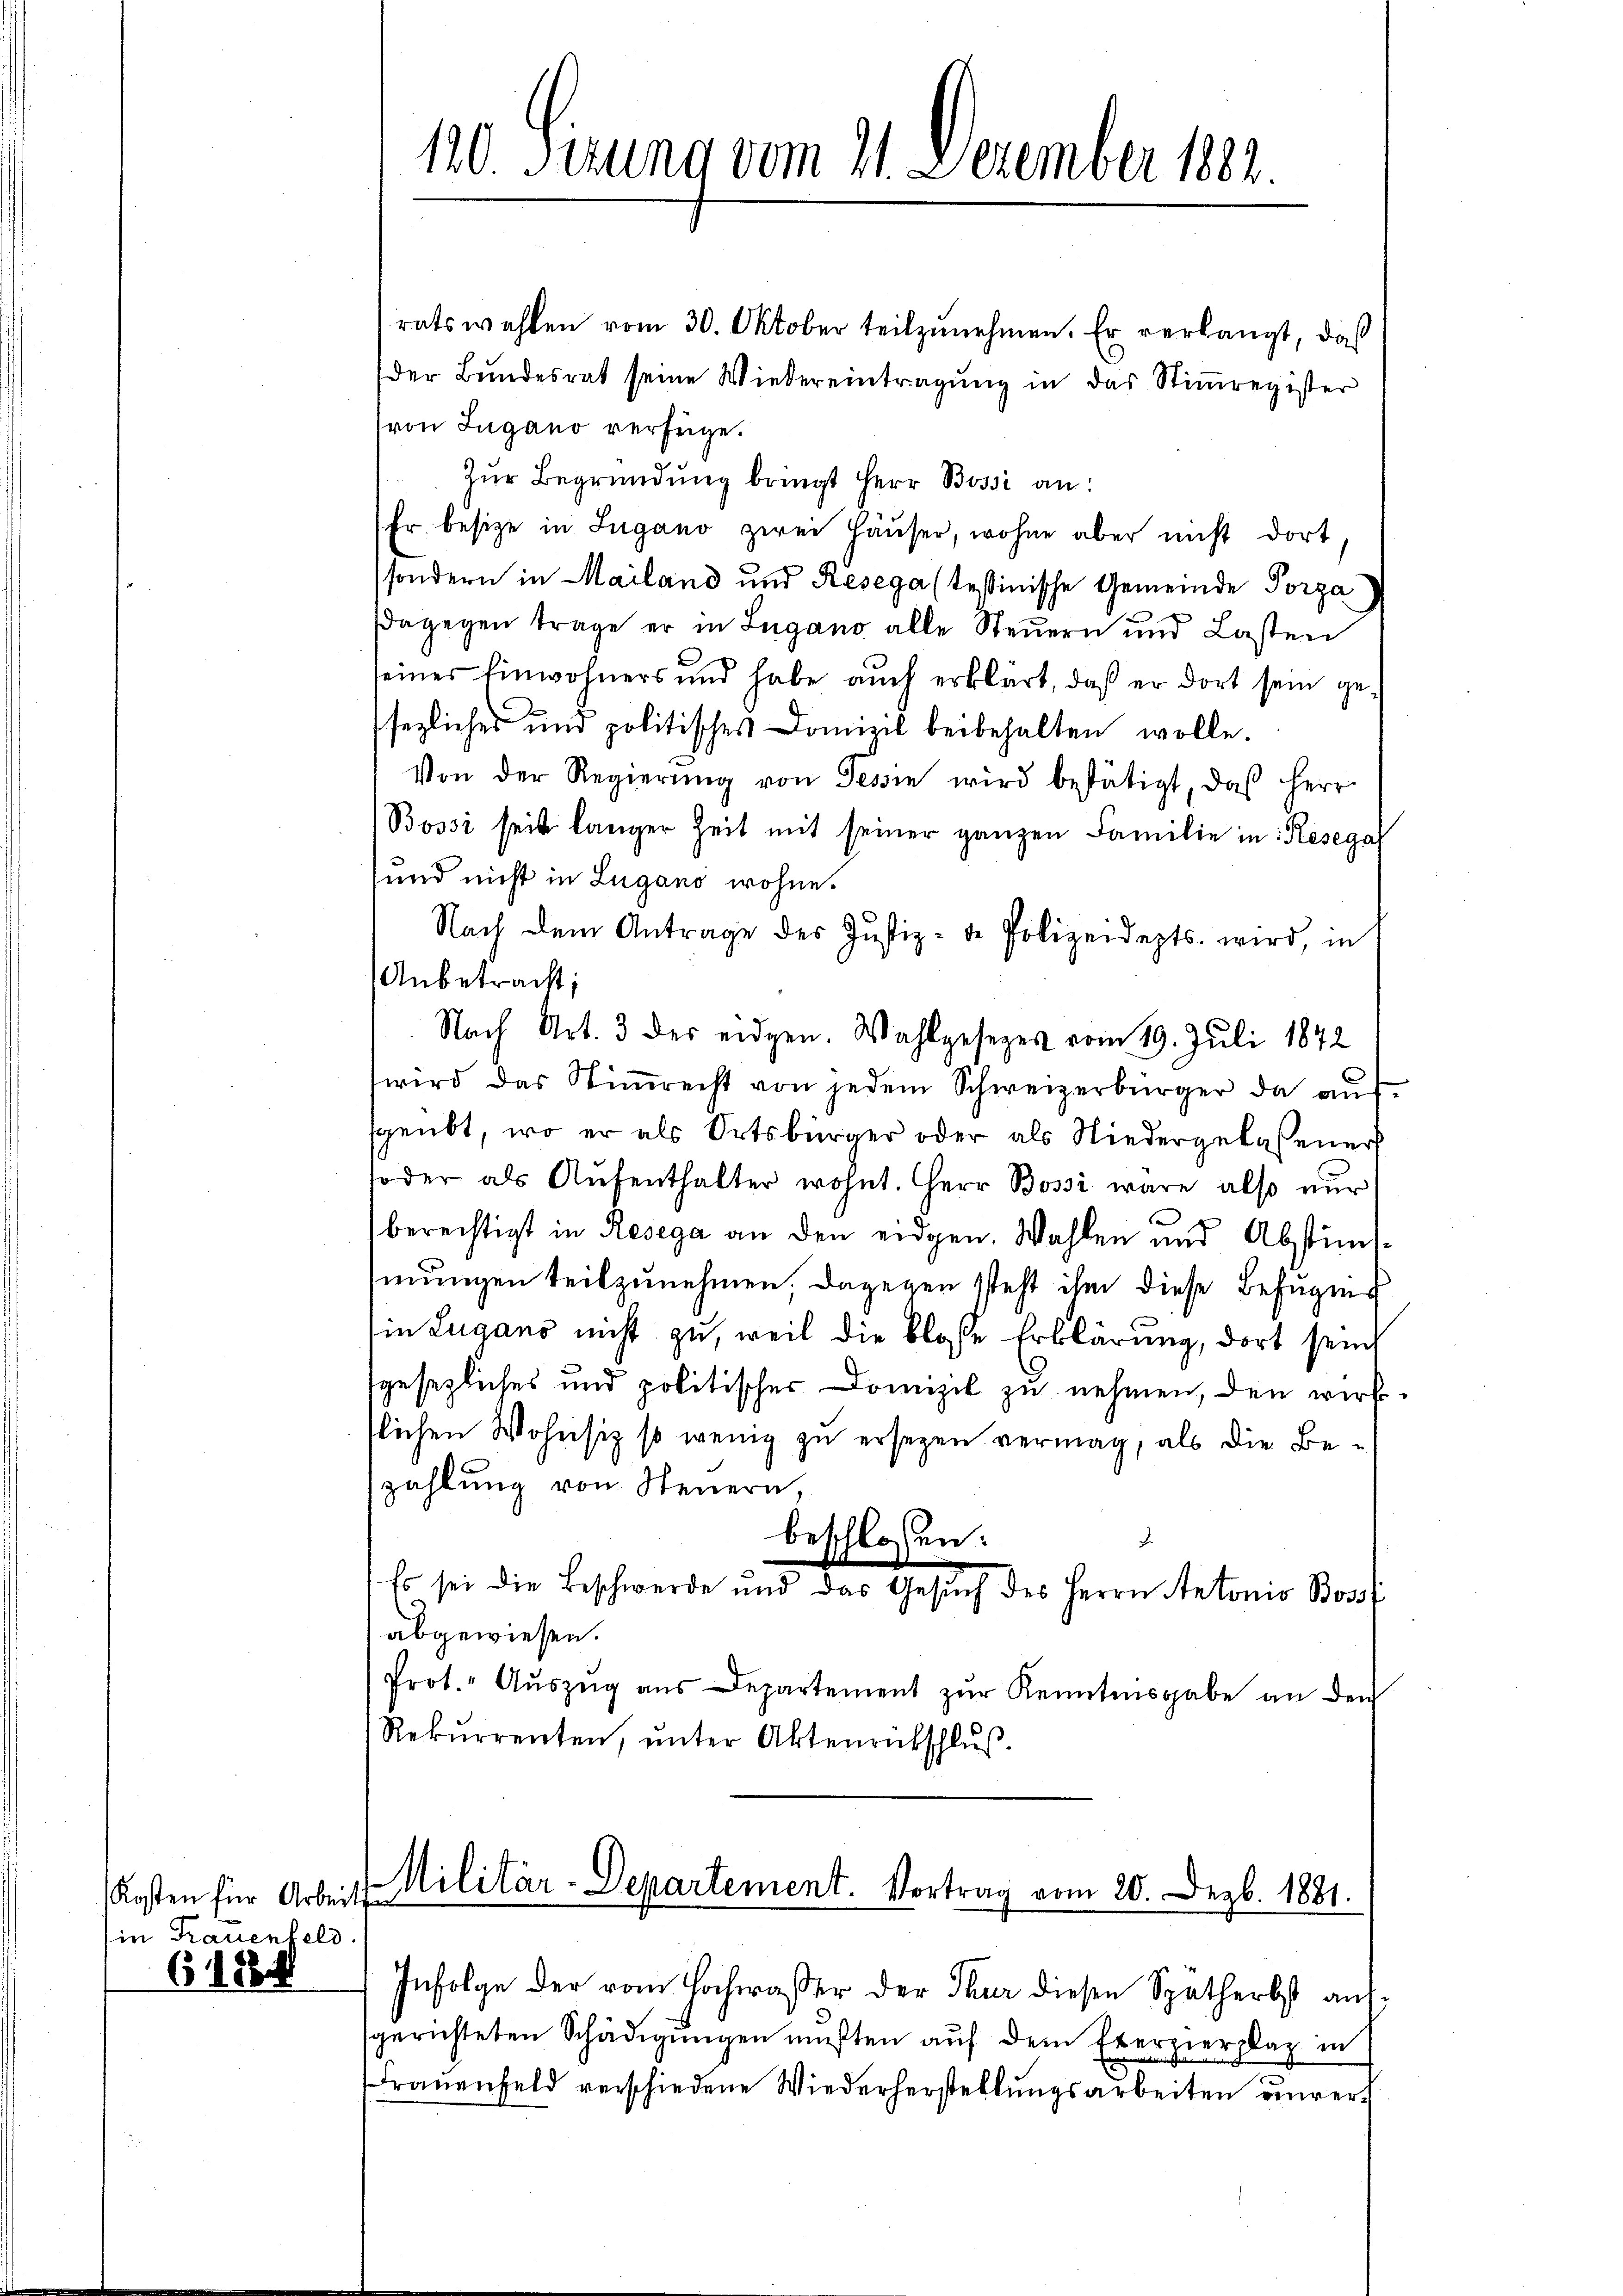
Kosten für Arbeits
in Frauenfeld.
61888

120 Firung vom 21. Dezember 1882.

ratswahlen vom 30. Oktober teilzunehmen. Er verlangt, daß
der Bundesrat seine Wiedereintragung in das Stimmregister
(von Lugano verfüge.
Zŭr Begründung bringt Herr Bossi an:
fr. besitze in Lugano zwei Häuser, wohne aber nicht dort,
sondern in Mailand und Resega (tessinische Gemeinde Porza
dagegen trage er in Lugano alle Steuern und Lasten
eines Einwohners und habe aŭch erklärt, daß er dort sein gesezliches und politisches Domizil beibehalten wolle.
Von der Regierŭng von Tessin wird bestätigt, das Herr
Bossi seit langer Zeit mit seiner ganzen Familie in Resegar
und nicht in Lugano wohne.
Nach dem Antrage des Jŭstiz-de Polizeidepts. wird, in
Anbetracht;
Nach Art. 3 des eidgen. Wahlgesezes vom 19. Juli 1842
wird das Stiṁrecht von jedem Schweizerbürger da aŭf
sgeübt, wo er als Ortsbürger oder als Niedergelassener
oder als Aŭfenthalter wohnt. Herr Bossi wäre also nur
berechtigt in Resega an den eidgen. Wahlen und Abstins-
mungen teilzunehmen, dagegen steht ihm diese Befugens
in Lugano nicht zu, weil die blosse Erklärung, dort sei
sgesezliches und politischer Domizil zu nehmen, den wirkslichen Wohnsiz so wenig zu ersezen vermag, als die Bezahlung von Steuern,
beschlossen:
Es sei die Beschwerde und das Gesŭch des Herrn Antonio Boss
abgewiesen.
Prot." Aŭszŭg aŭs Departement zŭr Kenntnisgabe an den
Rekurrenten, ŭnter Aktenrütschlŭβ

Militär-Departement. Vortrag vom 20. Dezb. 1881.

Infolge der vom Hochwasser der Thur diesen Spatherbst aufsgerichteten Schädigungen müßten auf dem Exerzierplaz in
rauenfeld verschiedene Wiederherstellungsarbeiten unver¬